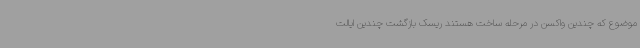
موضوع که چندین واکسن در مرحله ساخت هستند ریسک بازگشت چندین ایالت